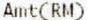
AMT(RM)